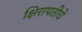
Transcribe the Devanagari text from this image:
क्षिरापतीचे